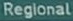
Regional